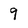
Character: 9